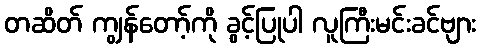
တဆိတ် ကျွန်တော့်ကို ခွင့်ပြုပါ လူကြီးမင်းခင်ဗျား